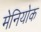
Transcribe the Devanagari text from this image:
मेनियोक